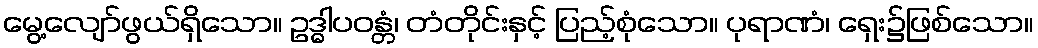
မွေ့လျော်ဖွယ်ရှိသော။ ဥဒ္ဓါပဝန္တံ၊ တံတိုင်းနှင့် ပြည့်စုံသော။ ပုရာဏံ၊ ရှေး၌ဖြစ်သော။